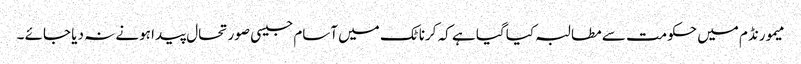
میمورنڈم میں حکومت سے مطالبہ کیا گیا ہے کہ کرناٹک میں آسام جیسی صورتحال پیدا ہونے نہ دیا جائے ۔